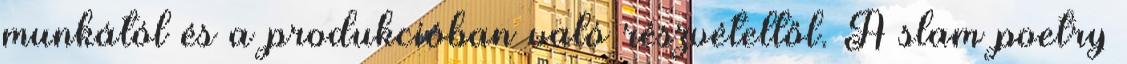
munkától és a produkcióban való részvételtől. A slam poetry